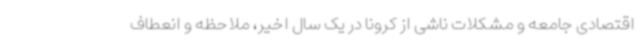
اقتصادی جامعه و مشکلات ناشی از کرونا در یک سال اخیر، ملاحظه و انعطاف